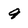
Character: 9